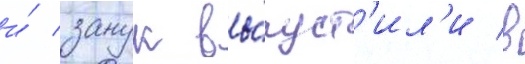
и́ занук вы́пуст'ил'и в